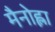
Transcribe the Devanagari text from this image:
मैनोह्ला